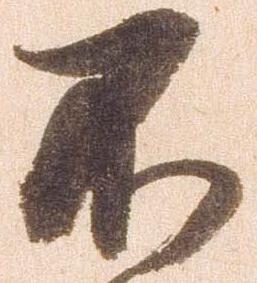
不